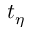
t _ { \eta }